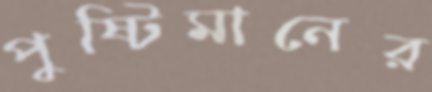
পুষ্টিমানের